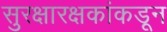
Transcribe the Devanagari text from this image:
सुरक्षारक्षकांकडून